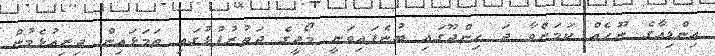
އިންޑިއާގެ ނޫހެއް ކަމަށްވާ ދަ ހިންދޫގައި ބުނެފައިވަނީ މޯދީގެ ދަތުރުފުޅުގައި ތަމަޅައިން ދިރިއުޅެމުން